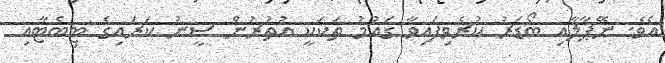
އެވެ. ނޭޕާލާއި ބޯޑަރު ކުރެވިފައިވާ ގައުމު ތަކަކީ އުތުރުން ސީނު ކަރައިގެ ޓިބެޓާއި